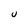
Character: U